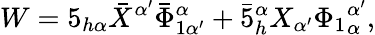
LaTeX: W=5_{h\alpha}\bar{X}^{\alpha^{\prime}}\bar{\Phi}_{1\alpha^{\prime}}^{\alpha}+\bar{5}_{h}^{\alpha}X_{\alpha^{\prime}}{\Phi_{1}}_{\alpha}^{\alpha^{\prime}},